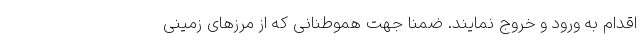
اقدام به ورود و خروج نمایند. ضمناً جهت هموطنانی که از مرزهای زمینی